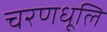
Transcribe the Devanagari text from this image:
चरणधूलि